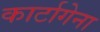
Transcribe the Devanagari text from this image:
कार्टागेना